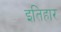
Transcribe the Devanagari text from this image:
इतिहार